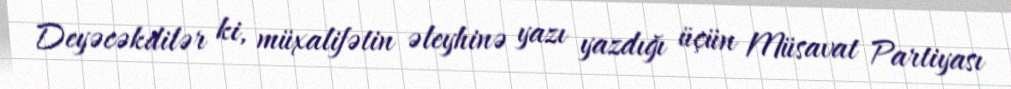
Deyəcəkdilər ki, müxalifətin əleyhinə yazı yazdığı üçün Müsavat Partiyası